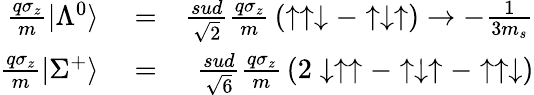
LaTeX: \begin{array}{rlr}{{\frac{q\sigma_{z}}{m}}|\Lambda^{0}\rangle}&{{}=}&{{\frac{sud}{\sqrt{2}}}{\frac{q\sigma_{z}}{m}}\left(\uparrow\uparrow\downarrow-\uparrow\downarrow\uparrow\right)\to-{\frac{1}{3m_{s}}}}\\ {{\frac{q\sigma_{z}}{m}}|\Sigma^{+}\rangle}&{{}=}&{{\frac{sud}{\sqrt{6}}}{\frac{q\sigma_{z}}{m}}\left(2\downarrow\uparrow\uparrow-\uparrow\downarrow\uparrow-\uparrow\uparrow\downarrow\right)}\end{array}